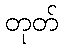
တုတ်